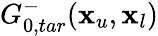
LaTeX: G_{0,tar}^{-}(\textbf{x}_{u},\textbf{x}_{l})